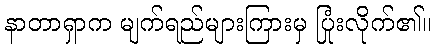
နာတာရှာက မျက်ရည်များကြားမှ ပြုံးလိုက်၏။